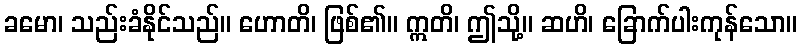
ခမော၊ သည်းခံနိုင်သည်။ ဟောတိ၊ ဖြစ်၏။ ဣတိ၊ ဤသို့။ ဆဟိ၊ ခြောက်ပါးကုန်သော။